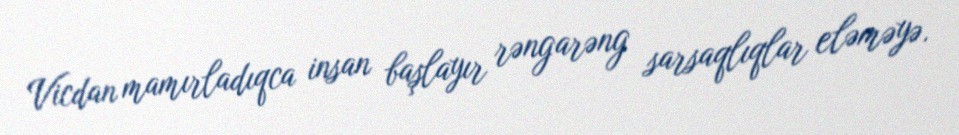
Vicdan mamırladıqca insan başlayır rəngarəng sarsaqlıqlar eləməyə.